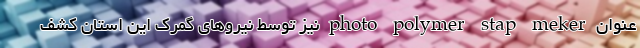
عنوان photo polymer stap meker نیز توسط نیرو‌های گمرک این استان کشف